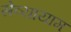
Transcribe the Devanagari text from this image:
सेव्यायाम